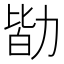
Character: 勓